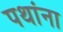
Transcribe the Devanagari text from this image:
पथांना